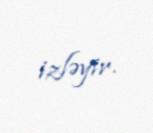
izləyir.